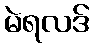
မဲရလဒ်